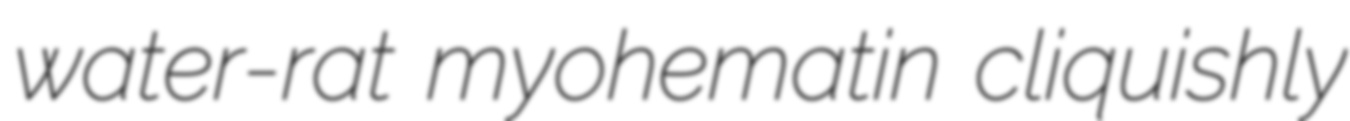
water-rat myohematin cliquishly